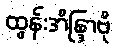
ထွန်းအိန္ဒြာဗို